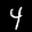
Label: 4